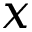
x